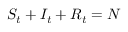
S _ { t } + I _ { t } + R _ { t } = N